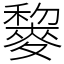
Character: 䴻